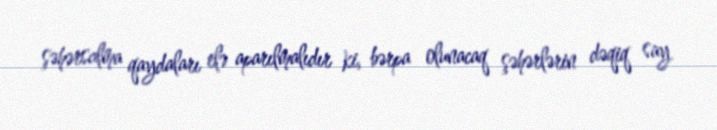
şəhərsalma qaydaları elə aparılmalıdır ki, bərpa olunacaq şəhərlərin dəqiq say